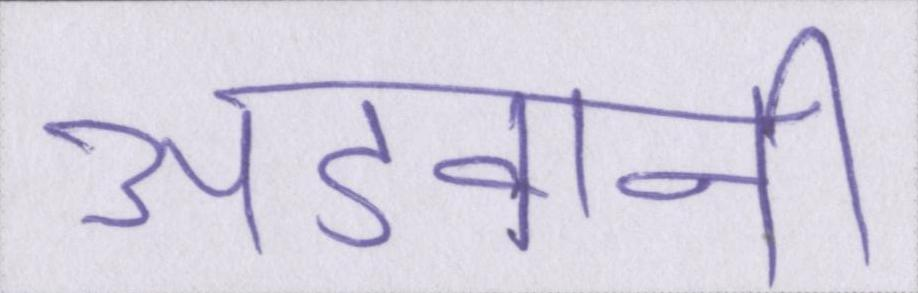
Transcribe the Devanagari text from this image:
अडवानी